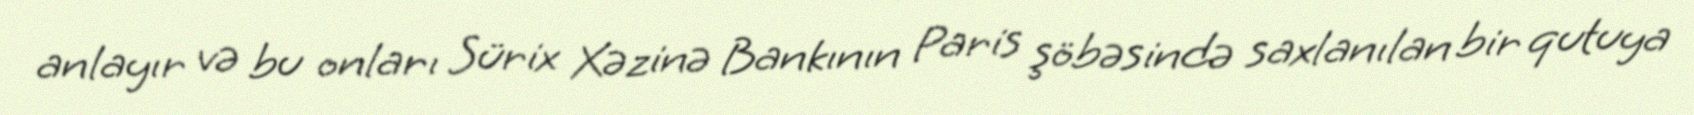
anlayır və bu onları Sürix Xəzinə Bankının Paris şöbəsində saxlanılan bir qutuya